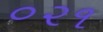
૦૨૧